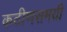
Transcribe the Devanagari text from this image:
कठीणसमयी